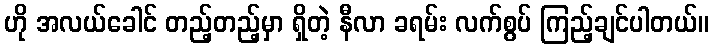
ဟို အလယ်ခေါင် တည့်တည့်မှာ ရှိတဲ့ နီလာ ခရမ်း လက်စွပ် ကြည့်ချင်ပါတယ်။